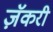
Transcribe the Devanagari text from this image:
ज़ॅकरी